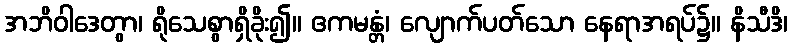
အဘိဝါဒေတွာ၊ ရိုသေစွာရှိခိုး၍။ ဧကမန္တံ၊ လျောက်ပတ်သော နေရာအရပ်၌။ နိသီဒိ၊